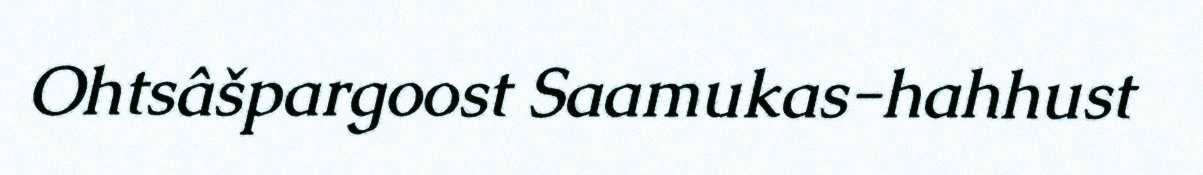
Ohtsâšpargoost Saamukas-hahhust